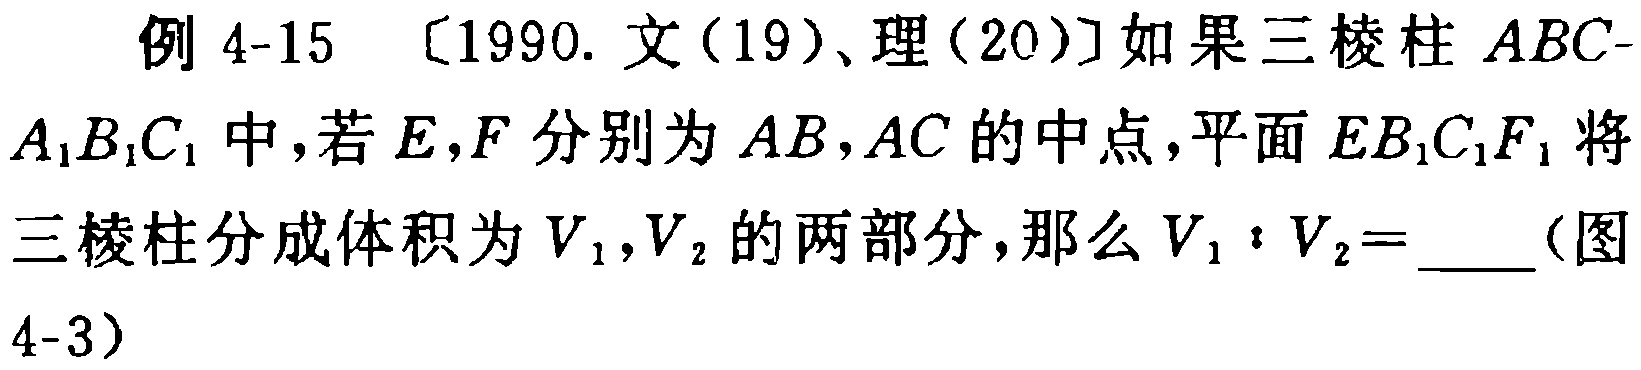
例 4-15 〔1990. 文（19）、理（20）〕如果三棱柱 \(ABC - A_{1}B_{1}C_{1}\) 中，若 \(E,F\) 分别为 \(AB,AC\) 的中点，平面 \(EB_{1}C_{1}F_{1}\) 将三棱柱分成体积为 \(V_{1},V_{2}\) 的两部分，那么 \(V_{1}:V_{2}=\)  （图4-3）